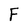
Character: F